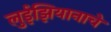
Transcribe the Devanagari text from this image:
लुईझियानाचे